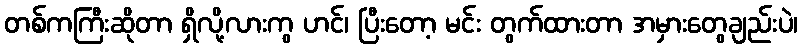
တစ်ကကြီးဆိုတာ ရှိလို့လားကွ ဟင်၊ ပြီးတော့ မင်း တွက်ထားတာ အမှားတွေချည်းပဲ၊